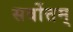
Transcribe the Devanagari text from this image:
सर्वोत्तम्